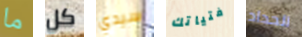
ما كل سيدي فتياتك الحداد